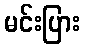
မင်းပြား